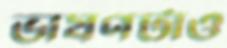
ভাষণটাও